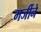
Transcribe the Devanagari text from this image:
मर्जीने